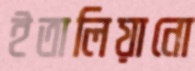
ইতালিয়ানো